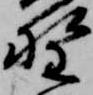
野